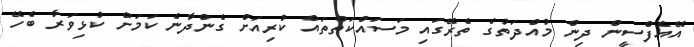
އޭއެފްސީން ދިން މުއްދަތުގެ ތެރޭގައި މަސައްކަތްތައް ކުރިއަށް ގެންދާނެ ކަމަށް ކުޅިވަރާ ބެހޭ